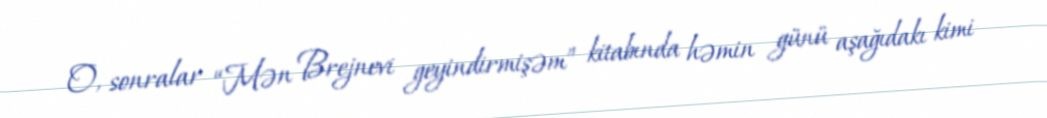
O, sonralar “Mən Brejnevi geyindirmişəm” kitabında həmin günü aşağıdakı kimi